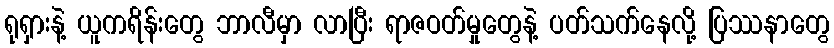
ရုရှားနဲ့ ယူကရိန်းတွေ ဘာလီမှာ လာပြီး ရာဇဝတ်မှုတွေနဲ့ ပတ်သက်နေလို့ ပြဿနာတွေ